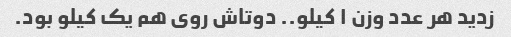
زدید هر عدد وزن ۱ کیلو.. دوتاش روی هم یک کیلو بود.